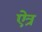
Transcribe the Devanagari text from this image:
ऐत्र